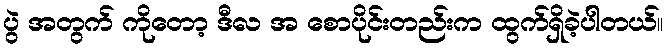
ပွဲ အတွက် ကိုတော့ ဒီလ အ စောပိုင်းတည်းက ထွက်ရှိခဲ့ပါတယ်။